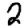
Digit: 2